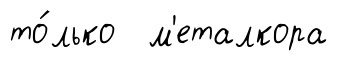
то́лько м'еталкора